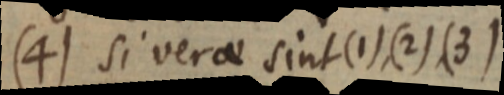
(4) si verae sint (1), (2), (3)